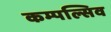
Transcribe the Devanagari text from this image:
कम्पल्सिव